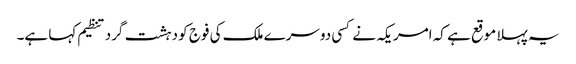
یہ پہلا موقع ہے کہ امریکہ نے کسی دوسرے ملک کی فوج کو دہشت گرد تنظیم کہا ہے۔